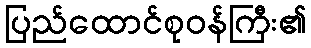
ပြည်ထောင်စုဝန်ကြီး၏